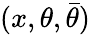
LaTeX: (x,\theta,{\bar{\theta}})